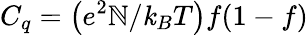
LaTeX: C_{q}=\left(e^{2}\mathbb{N}/{\mathit{k}_{B}T}\right)f(1-f)